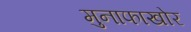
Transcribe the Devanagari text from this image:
मुनाफाखोर